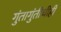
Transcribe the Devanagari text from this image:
गुंतागुंतीचीही